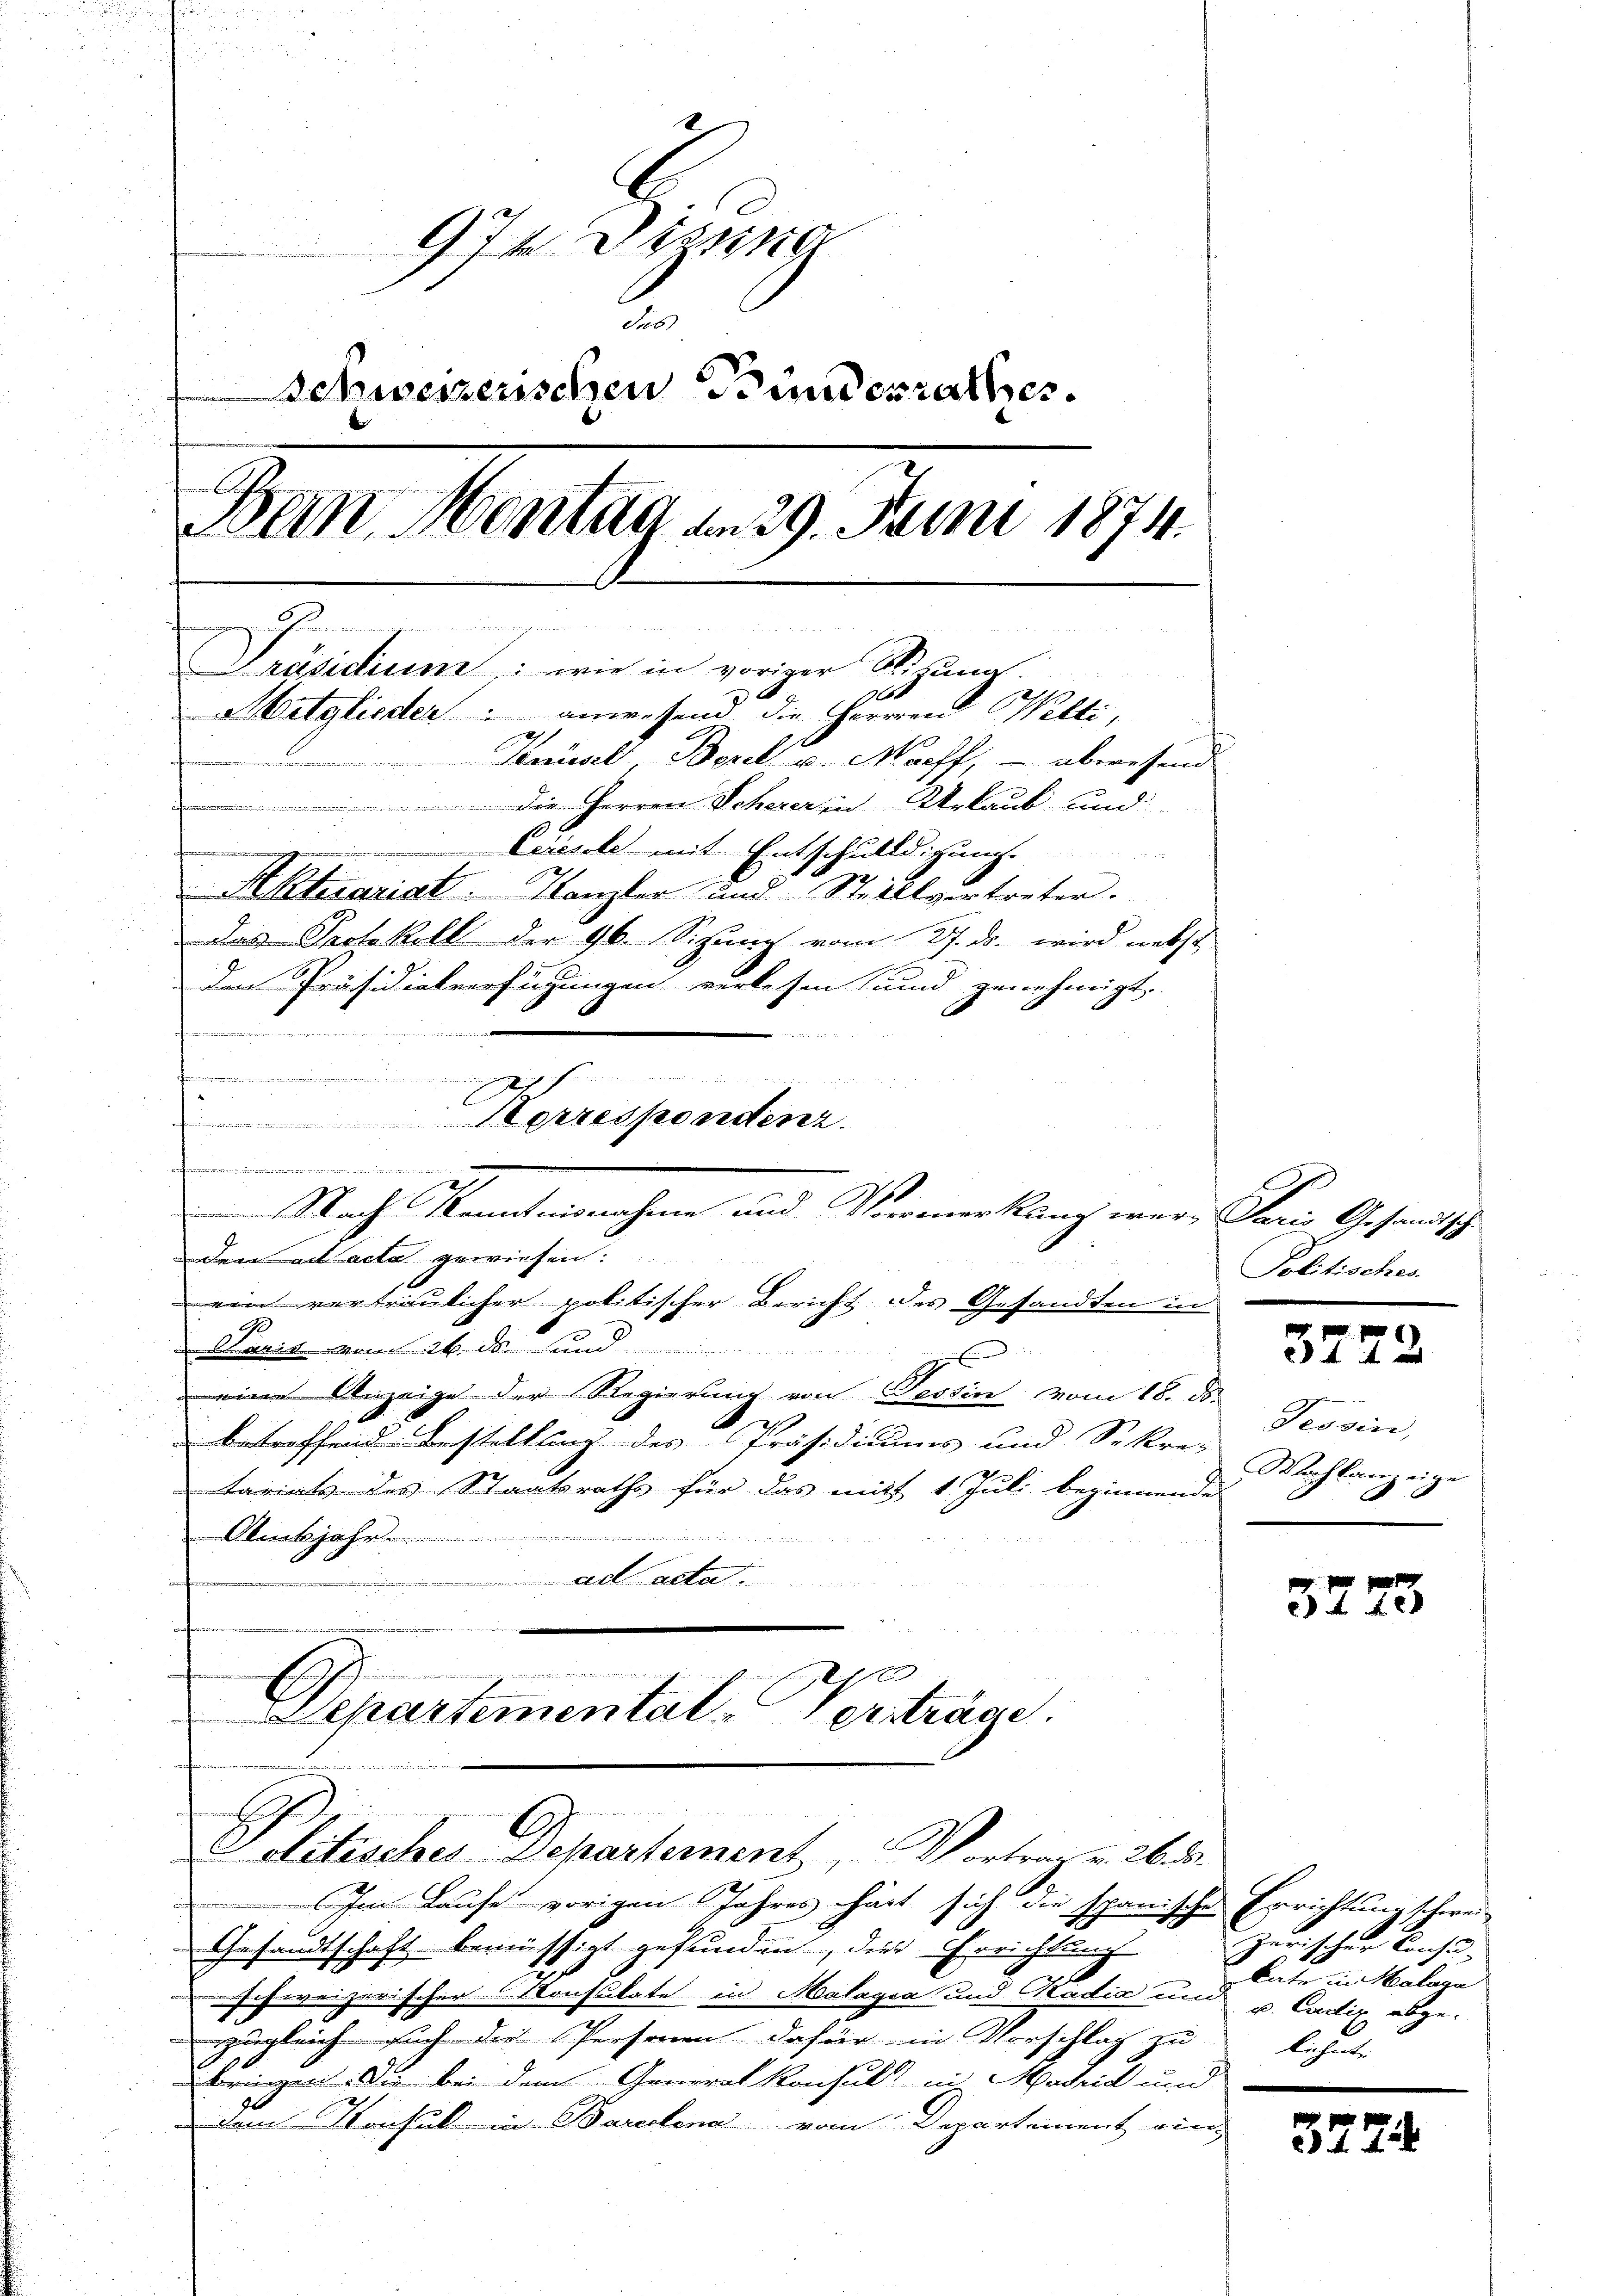
97. Dessina
Seb.
Schwesenschen Bundesrathes.
3
Bern, Montag am 29. Juni 1874.
Franz erkennungen
Präsidium: wie in voriger Sitzung
.
Mitglieder anwesend die Herren Welti,
2
Semst Bezel v. Morff, – abwesend
f
 die Herren Scherer in Urlaub und
Ceresole mit Entschuldigung
n

2
Aktuariat Kanzler und Stellvertreter.
Das Protokoll der 96. Sizung vom 27. ds. wird nebst
Den Präsidialverfügungen verlesen und genehmigt.

Pannen

.
Derart acta gewiesen:
ein vertraulicher politischer Bericht des Gesandten in
B
 Sanit vom 26. d. und

9
 eine Anzeige der Regierung von Tessin vom 18. ds.

betreffend Bestellung des Präsidiums und Sekre-
tariats des Staatsraths für das mit 1 Juli beginnende

Amtsjahr........................
ad acta.

edenen einen minderung immen.
un mögen den Einrichen gleich sind
Departemental-Verträge.

eiter diese
Solitisches Departement Vortrag v. 26. ds.

u
n der den gegen ich nicht und die einen
C
Herrespondenz.
.
2
Nach Kenntnisnahme und Vormerkung wer- Paris Gesandtsch-

Im Laufe vorigen Jahres hat sich die spanische Errichtung schwei-
Gesandtschaft bemüssigt gefunden, dies Errichtung
s
schweizerischer Konsulate in Malagia und Kadia und u. Cadir abgezugleich auch die Personen dafür in Vorschlag zu
bringen. Die bei dem Generalkonsuls in Madrid und
dam Konsul in Barclena vom Departement eing

Politisches.

3772

Tessin,
Wachlanzeige

3278

zwischen Kaise
 Bude in Vorlage
lehnte

5774